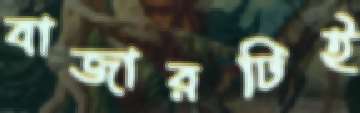
বাজারটিই